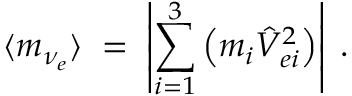
\langle m _ { \nu _ { e } } \rangle \; = \; \left| \sum _ { i = 1 } ^ { 3 } \left( m _ { i } \hat { V } _ { e i } ^ { 2 } \right) \right| \; .